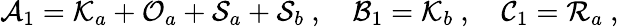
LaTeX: \mathcal{A}_{1}=\mathcal{K}_{a}+\mathcal{O}_{a}+\mathcal{S}_{a}+\mathcal{S}_{b}\ ,\quad\mathcal{B}_{1}=\mathcal{K}_{b}\ ,\quad\mathcal{C}_{1}=\mathcal{R}_{a}\ ,